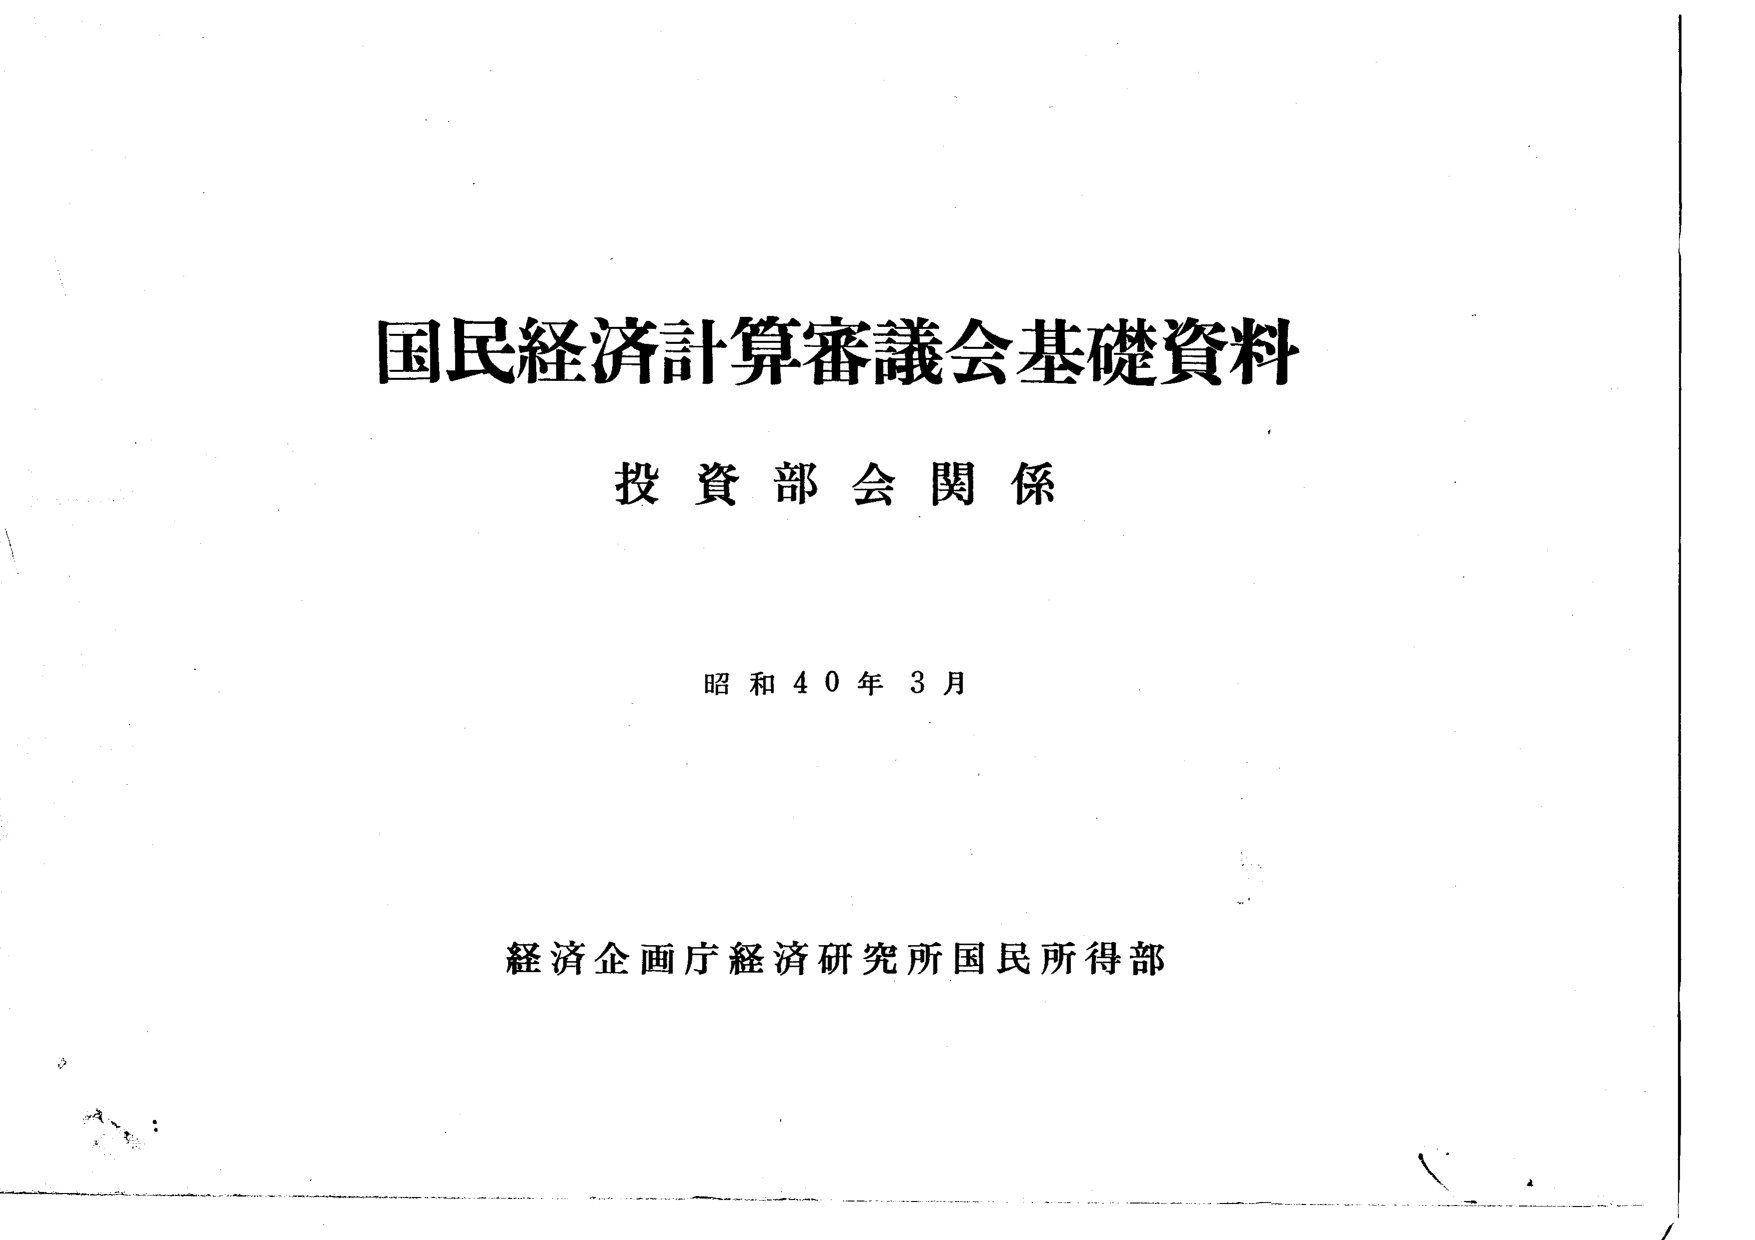
国民経済計算審議会基礎資料
投資部会関係
昭和40年3月
経済企画庁経済研究所国民所得部